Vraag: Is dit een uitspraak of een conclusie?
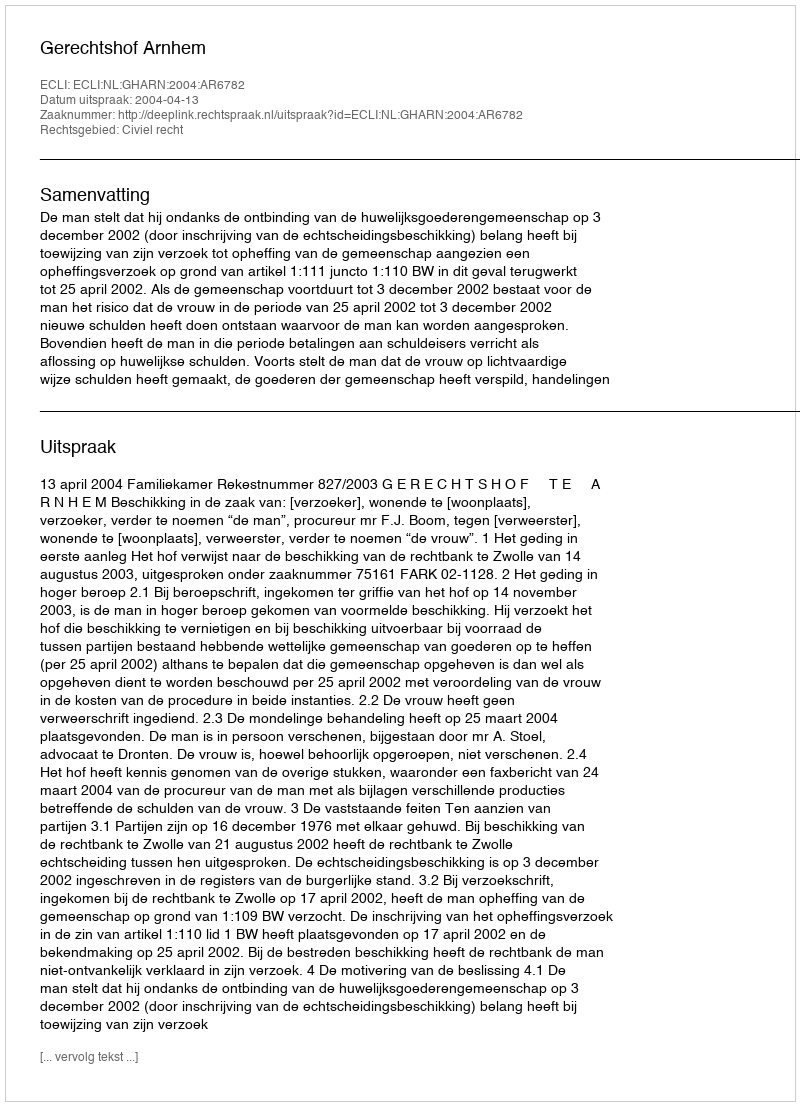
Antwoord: Uitspraak